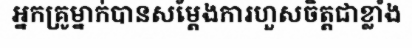
អ្នកគ្រូម្នាក់បានសម្តែងការហួសចិត្តជាខ្លាំង